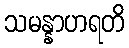
သမန္နာဟရတိ